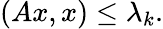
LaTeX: (Ax,x)\leq\lambda_{k}.